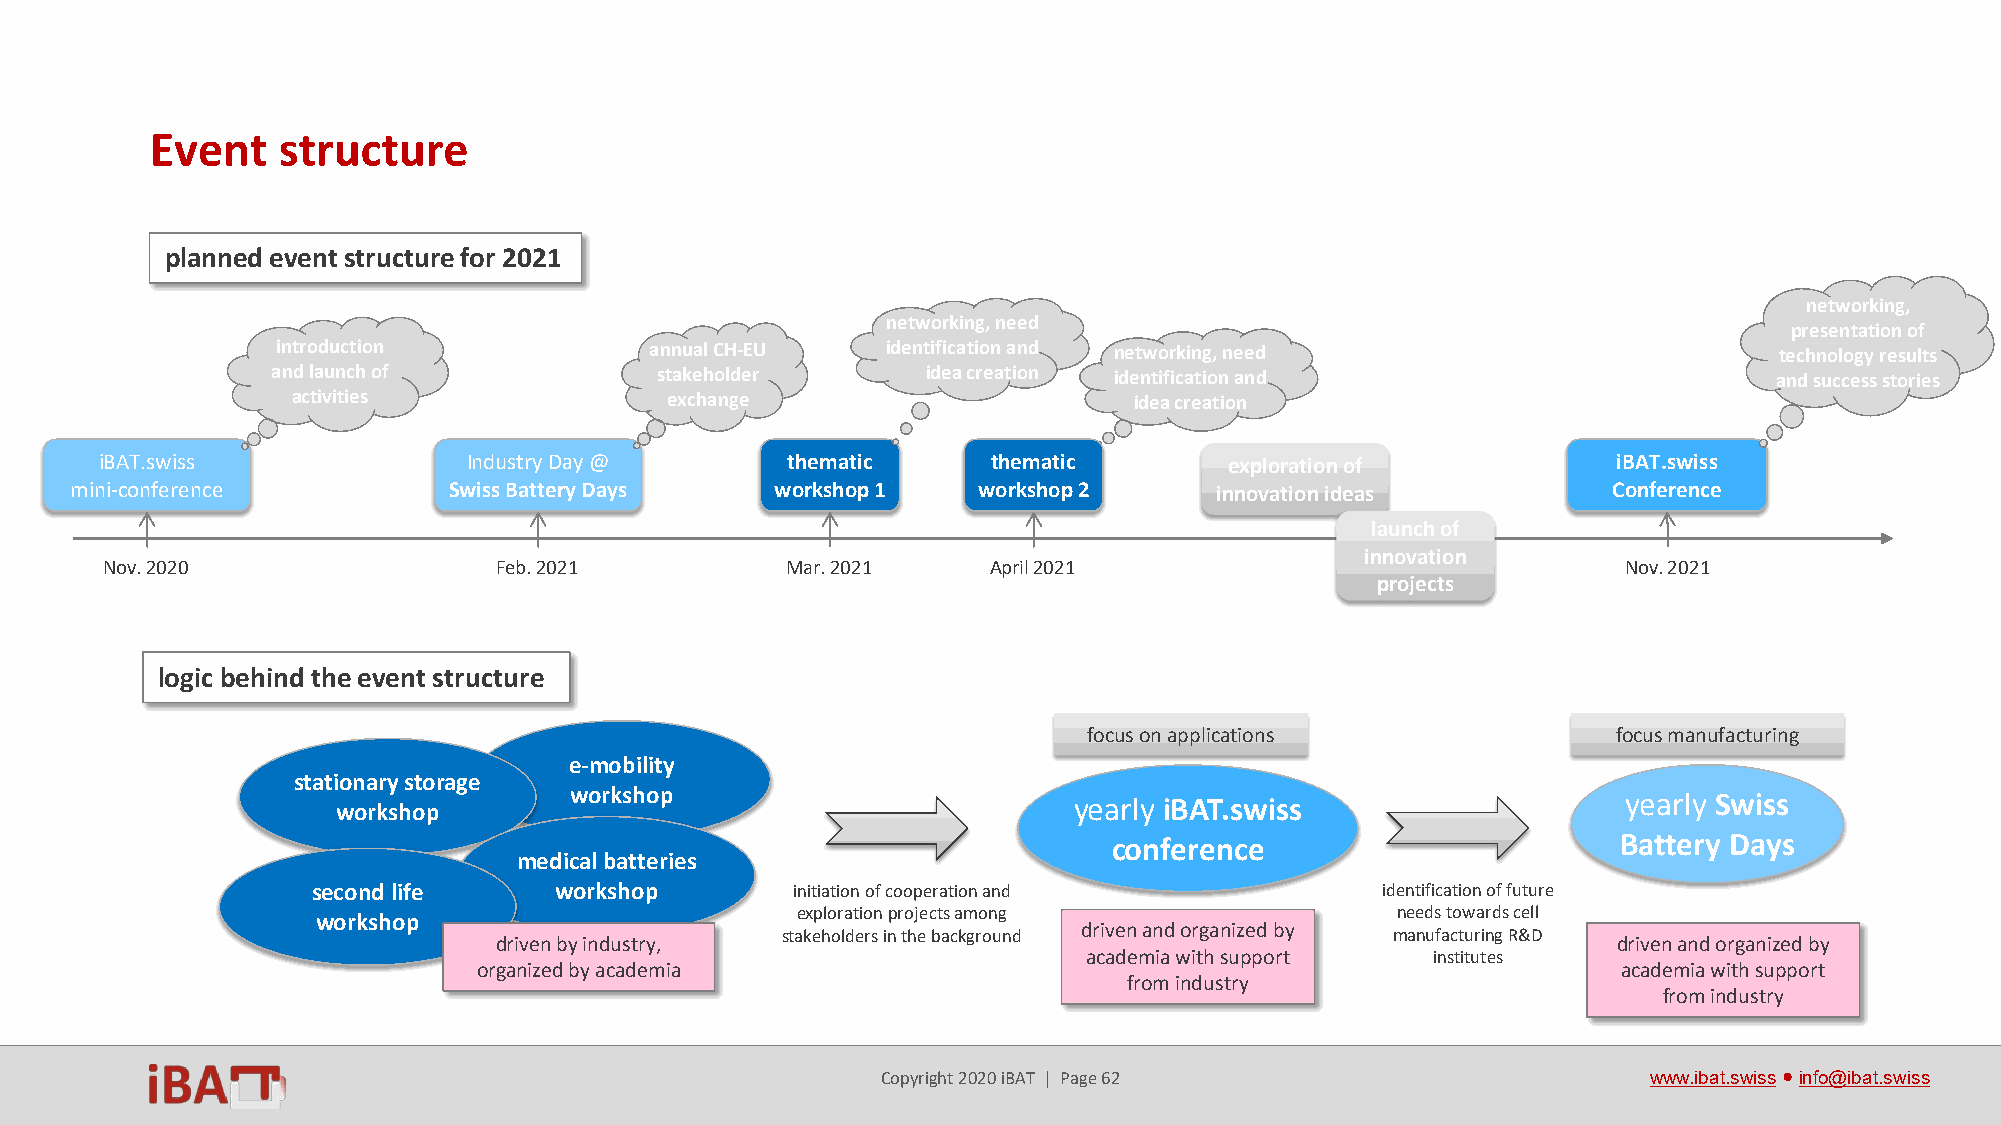
Event   structure
 planned event structure for 2021
 networking,
 networking, need
 presentation of
 introduction             annual CH-EU    identification and networking, need                        technology results
 and launch of            stakeholder       idea creation identification and                         and success stories
 activities               exchange                       idea creation
 iBAT.swiss              Industry Day @       thematic      thematic       exploration of            iBAT.swiss
 mini-conference          Swiss Battery Days   workshop 1    workshop 2     innovation ideas           Conference
 launch of
 innovation
 Nov. 2020                 Feb. 2021          Mar. 2021    April 2021                                Nov. 2021
 projects
 logic behind the event structure
 focus on applications              focus manufacturing
 e-mobility
 stationary storage
 workshop        workshop                         yearly iBAT.swiss                    yearly Swiss
 conference                       Battery Days
 medical batteries
 second life     workshop       initiation of cooperation and          identification of future
 exploration projects among             needs towards cell
 workshop
 stakeholders in the background driven and organized by manufacturing R&D
 driven by industry,                                                       driven and organized by
 academia with support  institutes
 organized by academia                                                      academia with support
 from industry
 from industry
 Copyright 2020 iBAT | Page 62                      www.ibat.swiss●info@ibat.swiss